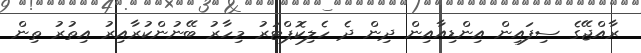
ރާއްޖޭގެ ސިފައިން އިންޑިއާއިން ދިން ދެ ހެލިކޮޕްޓަރު މިހާރު ބޭނުންކުރާއިރު އިތުރު ތިން